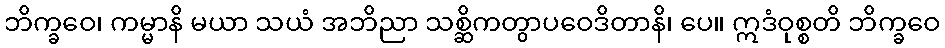
ဘိက္ခဝေ၊ ကမ္မာနိ မယာ သယံ အဘိညာ သစ္ဆိကတွာပဝေဒိတာနိ၊ ပေ။ ဣဒံဝုစ္စတိ ဘိက္ခဝေ